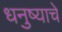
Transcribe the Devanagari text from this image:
धनुष्याचे